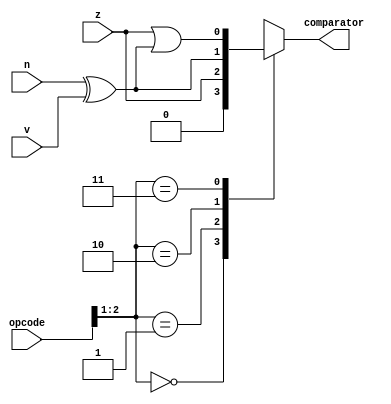
module comparator_22 (
    input [5:0] opcode,
    input z,
    input n,
    input v,
    output reg comparator
  );
  
  
  
  always @* begin
    
    case (opcode[1+1-:2])
      2'h0: begin
        comparator = 1'h0;
      end
      2'h1: begin
        comparator = z;
      end
      2'h2: begin
        comparator = n ^ v;
      end
      2'h3: begin
        comparator = z | (n ^ v);
      end
      default: begin
        comparator = 1'h0;
      end
    endcase
  end
endmodule